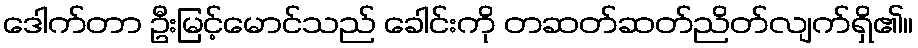
ဒေါက်တာ ဦးမြင့်မောင်သည် ခေါင်းကို တဆတ်ဆတ်ညိတ်လျက်ရှိ၏။